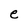
Character: e